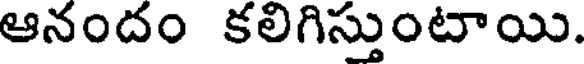
ఆనందం కలిగిస్తుంటాయి.